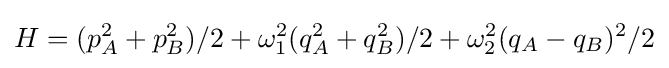
H=(p_{A}^{2}+p_{B}^{2})/2+\omega _{1}^{2}(q_{A}^{2}+q_{B}^{2})/{2}+{\omega _{2}^{2}(q_{A}-q_{B})^{2}}/{2}